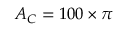
A _ { C } = 1 0 0 \times \pi